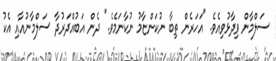
ސަލްމާން ވިދާޅުވިއެވެ. "އަހަރެން ތިބާ ނުކަންޏާމު ނުކާނަމެވެ." ދެން އަބުއްދަރުދާ ސަލްމާނުއާއި އެކު